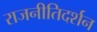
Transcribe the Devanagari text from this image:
राजनीतिदर्शन